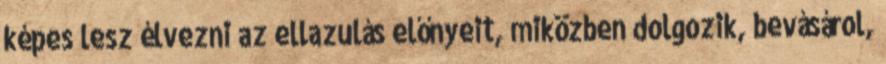
képes lesz élvezni az ellazulás előnyeit, miközben dolgozik, bevásárol,